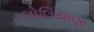
લોલિયાણા